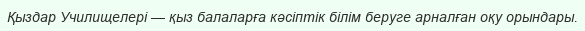
Қыздар Училищелері — қыз балаларға кәсіптік білім беруге арналған оқу орындары.